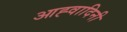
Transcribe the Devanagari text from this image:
आह्वादिनी